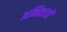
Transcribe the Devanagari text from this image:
अभिशापों